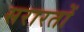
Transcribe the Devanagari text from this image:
सरारतों